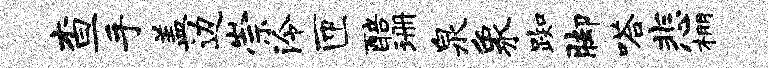
查手盖边崇泠匝醅珊泉象踟脚嗒悲棚